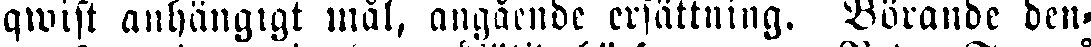
qwist aunhängigt mål, angående ersättning. Börande den-